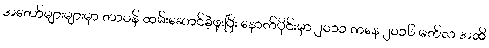
အတော်များများမှာ တာဝန် ထမ်းဆောင်ခဲ့ဖူးပြီး နောက်ပိုင်းမှာ ၂၀၁၁ ကနေ ၂၀၁၆ မတ်လ အထိ